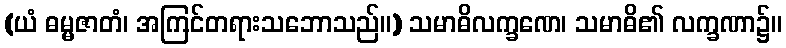
(ယံ ဓမ္မဇာတံ၊ အကြင်တရားသဘောသည်။) သမာဓိလက္ခဏေ၊ သမာဓိ၏ လက္ခဏာ၌။